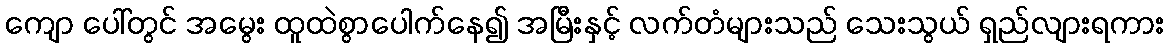
ကျော ပေါ်တွင် အမွေး ထူထဲစွာပေါက်နေ၍ အမြီးနှင့် လက်တံများသည် သေးသွယ် ရှည်လျားရကား